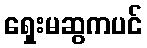
ရှေးမဆွကပင်